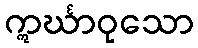
ဣင်္ဃာဝုသော